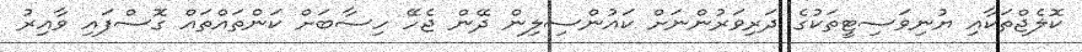
ކޮލެޖްތަކާއި ޔުނިވަސިޓީތަކުގެ ދަރިވަރުންނަށް ކައުންސިލިން ދޭން ޖެހޭ ހިސާބަށް ކަންތައްތައް ގޮސްފައި ވާއިރު